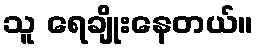
သူ ရေချိုးနေတယ်။